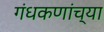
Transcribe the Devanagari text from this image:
गंधकणांच्या